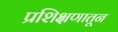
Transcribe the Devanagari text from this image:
प्रशिक्षणातून